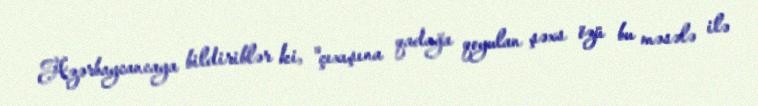
Azərbaycancaya bildiriblər ki, "çıxışına qadağa qoyulan şəxs özü bu məsələ ilə